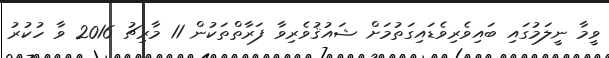
ވީމާ ނީލަމުގައި ބައިވެރިވެޑައިގަތުމަށް ޝައުޤުވެރިވާ ފަރާތްތަކުން 11 މާރިޗު 2016 ވާ ހުކުރު